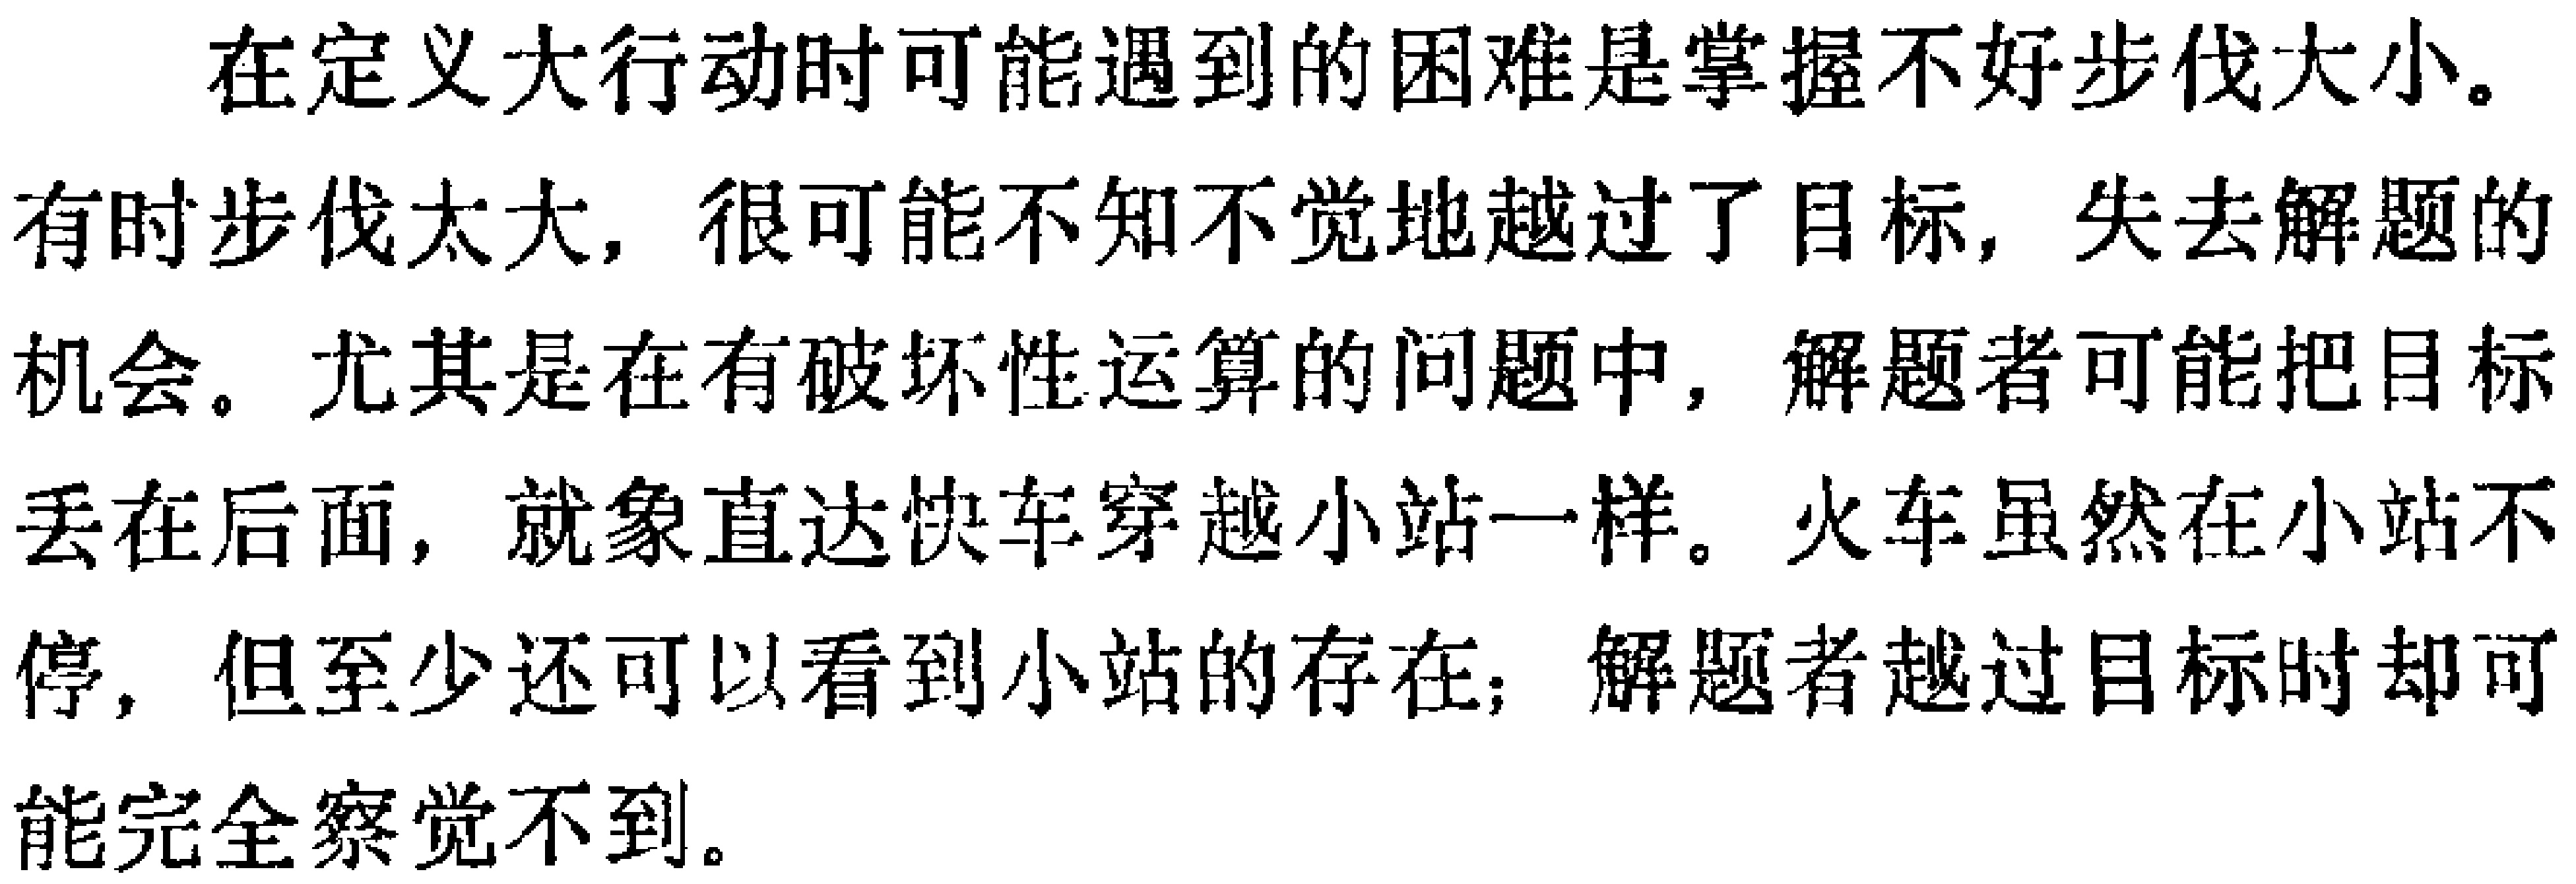
在定义大行动时可能遇到的困难是掌握不好步伐大小。
有时步伐太大，很可能不知不觉地越过了目标，失去解题的
机会。尤其是在有破坏性运算的问题中，解题者可能把目标
丢在后面，就象直达快车穿越小站一样。火车虽然在小站不
停，但至少还可以看到小站的存在；解题者越过目标时却可
能完全察觉不到。